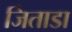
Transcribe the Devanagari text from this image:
जिताडा